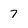
Character: 7